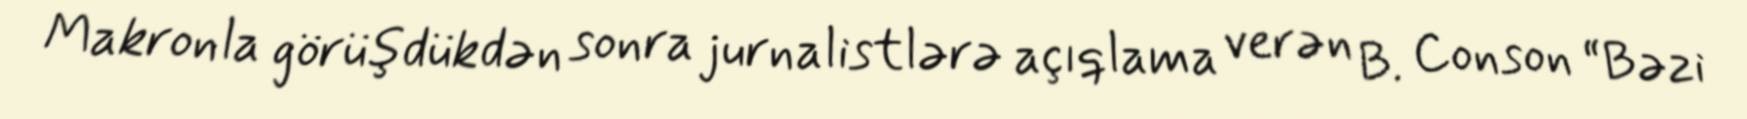
Makronla görüşdükdən sonra jurnalistlərə açıqlama verən B. Conson “Bəzi